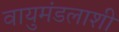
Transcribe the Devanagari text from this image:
वायुमंडलाशी